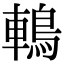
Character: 鿂